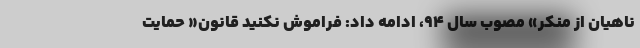
ناهیان از منکر» مصوب سال ۹۴، ادامه داد: فراموش نکنید قانون« حمایت